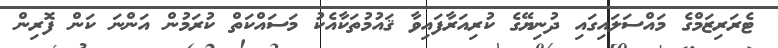
ޓެރަރިޒަމްގެ މައްސަލައިގައި ދުނިޔޭގެ ކުރިއަރާފައިވާ ޤައުމުތަކާއެކު މަސައްކަތް ކުރަމުން އަންނަ ކަން ފޮރިން